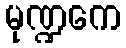
မုဏ္ဍကေ